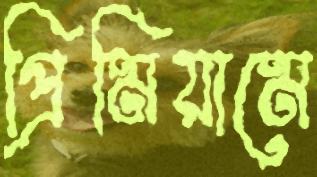
প্রিমিয়ামে